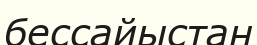
бессайыстан